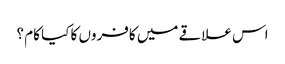
اس علاقے میں کافروں کا کیا کام ؟